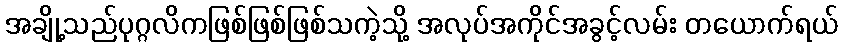
အချို့သည်ပုဂ္ဂလိကဖြစ်ဖြစ်ဖြစ်သကဲ့သို့ အလုပ်အကိုင်အခွင့်လမ်း တယောက်ရယ်